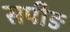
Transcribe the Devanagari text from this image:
सपीङ